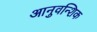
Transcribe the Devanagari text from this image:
आनुवन्शिक